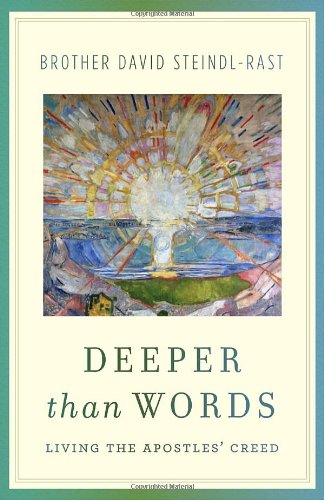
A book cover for Deeper Than Words: Living the Apostles' Creed; David Steindl-rast; Christian Books & Bibles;